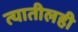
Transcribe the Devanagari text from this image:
त्यातीलही